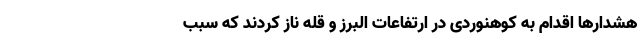
هشدارها اقدام به کوهنوردی در ارتفاعات البرز و قله ناز کردند که سبب